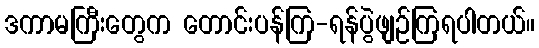
ဒကာမကြီးတွေက တောင်းပန်ကြ-ရန်ပွဲဖျဉ်ကြရပါတယ်။